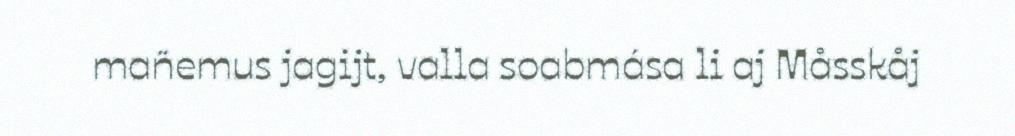
mañemus jagijt, valla soabmása li aj Måsskåj